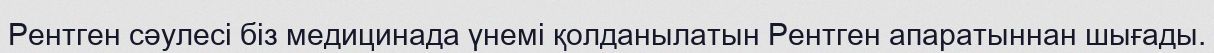
Рентген сәулесі біз медицинада үнемі қолданылатын Рентген апаратыннан шығады.